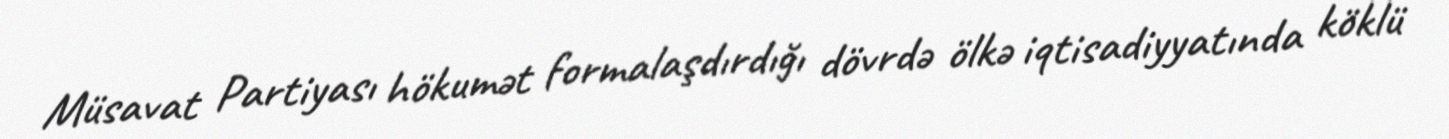
Müsavat Partiyası hökumət formalaşdırdığı dövrdə ölkə iqtisadiyyatında köklü